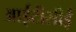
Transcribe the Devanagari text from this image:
आईटीसीई